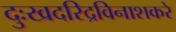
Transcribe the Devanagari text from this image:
दुःखदरिद्रविनाशकरे